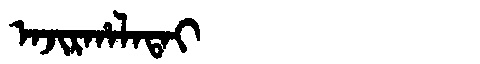
Manchu: ᠠᠵᡳᡵᡥᠠᠯᠠᡨᠠᡳ
Romanization: AJIRHALATAI